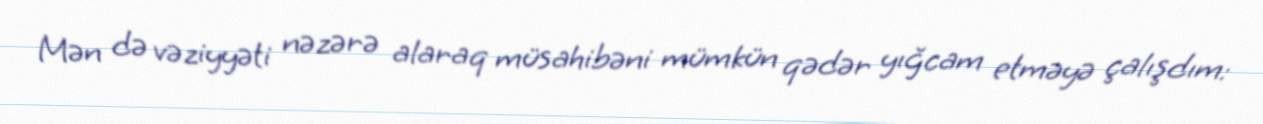
Mən də vəziyyəti nəzərə alaraq müsahibəni mümkün qədər yığcam etməyə çalışdım: